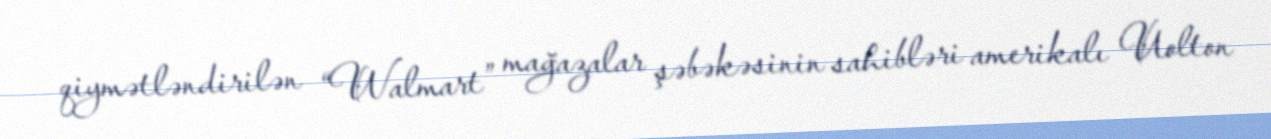
qiymətləndirilən “Walmart” mağazalar şəbəkəsinin sahibləri amerikalı Uolton